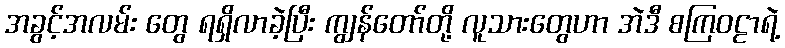
အခွင့်အလမ်း တွေ ရရှိလာခဲ့ပြီး ကျွန်တော်တို့ လူသားတွေဟာ အဲဒီ စကြဝဠာရဲ့